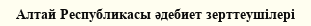
Алтай Республикасы әдебиет зерттеушілері